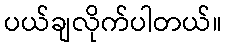
ပယ်ချလိုက်ပါတယ်။